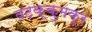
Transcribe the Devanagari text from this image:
वटक्कुमकूर